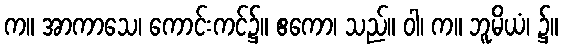
က။ အာကာသေ၊ ကောင်းကင်၌။ ဧကော၊ သည်။ ဝါ၊ က။ ဘူမိယံ၊ ၌။